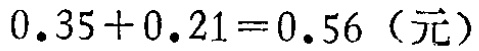
\(0.35 + 0.21 = 0.56\)（元）